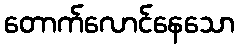
တောက်လောင်နေသော